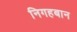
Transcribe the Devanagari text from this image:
निगहबान